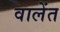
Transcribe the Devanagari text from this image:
वालेंत